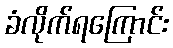
ခံလိုက်ရကြောင်း